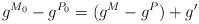
LaTeX: \begin{align*}g^{M_0}-g^{P_0}=(g^M-g^P)+g'\end{align*}